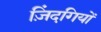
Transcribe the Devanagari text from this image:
ज़िंदगियों